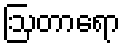
ဩတာရော